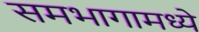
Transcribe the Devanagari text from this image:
समभागामध्ये